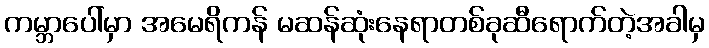
ကမ္ဘာပေါ်မှာ အမေရိကန် မဆန်ဆုံးနေရာတစ်ခုဆီရောက်တဲ့အခါမှ